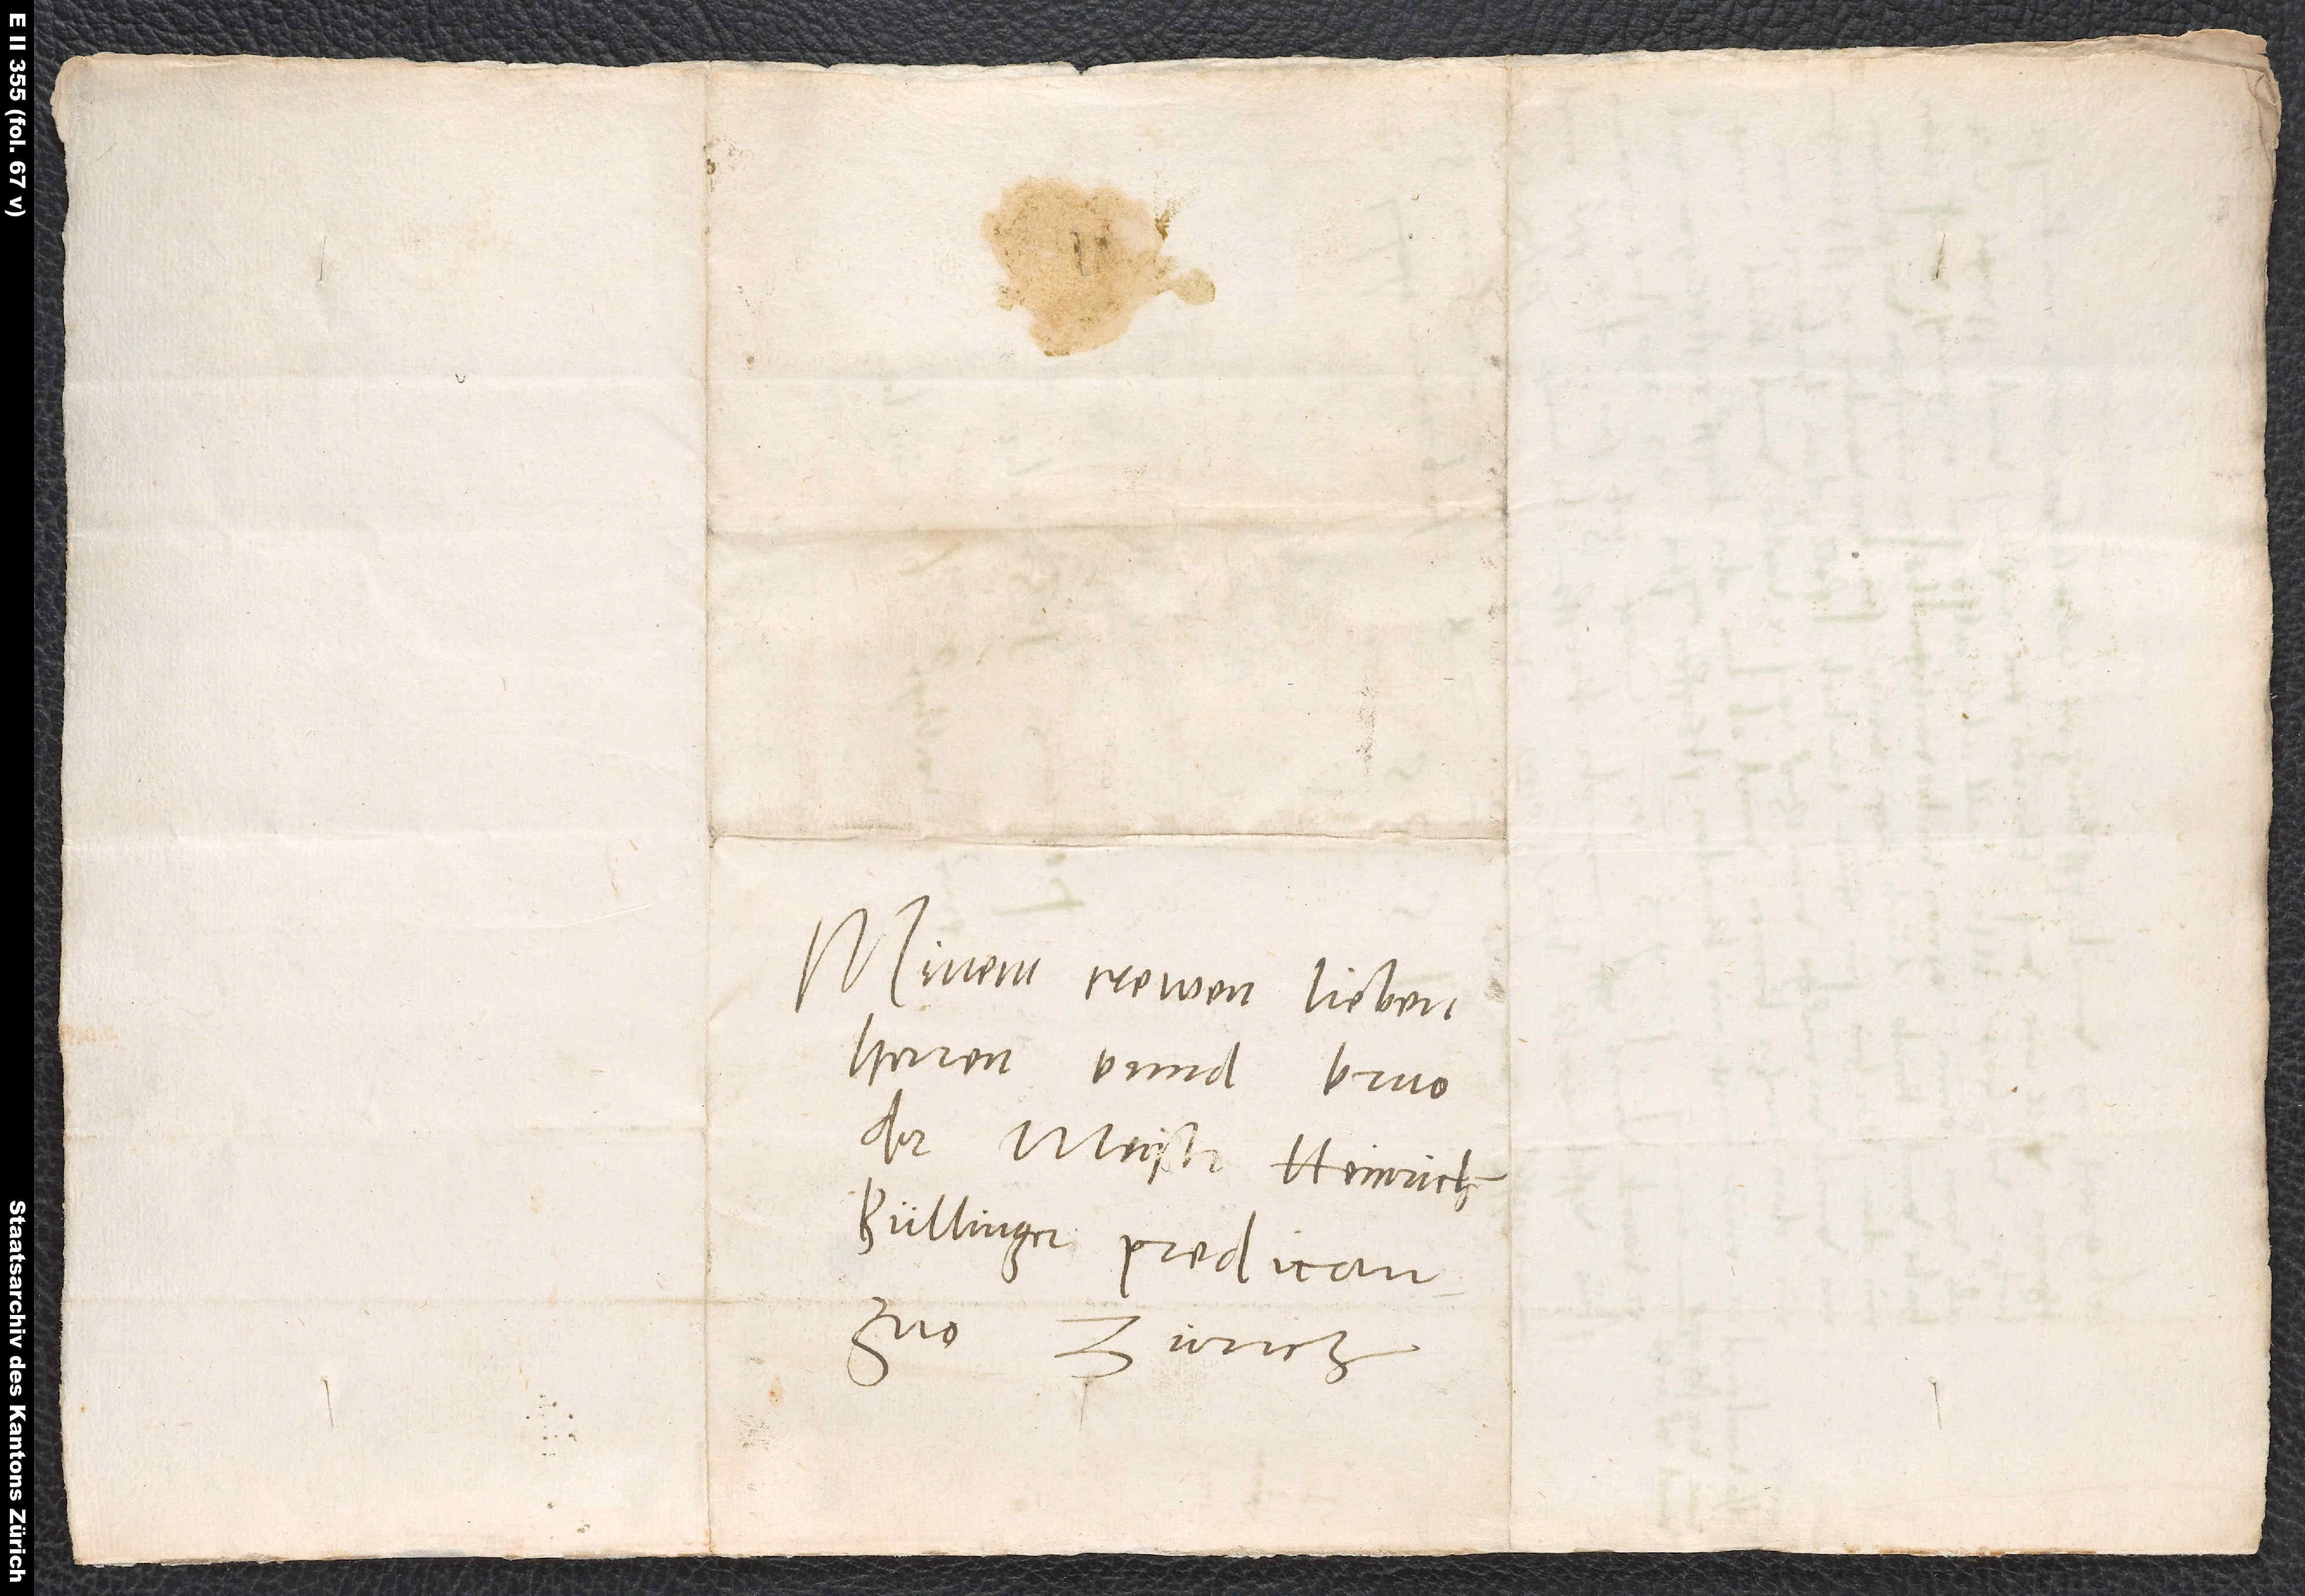
Minem trewen, lieben
Bullinger, predicant
zuo Zurich.